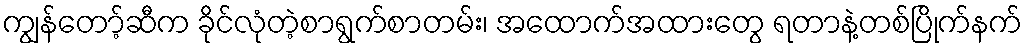
ကျွန်တော့်ဆီက ခိုင်လုံတဲ့စာရွက်စာတမ်း၊ အထောက်အထားတွေ ရတာနဲ့တစ်ပြိုက်နက်